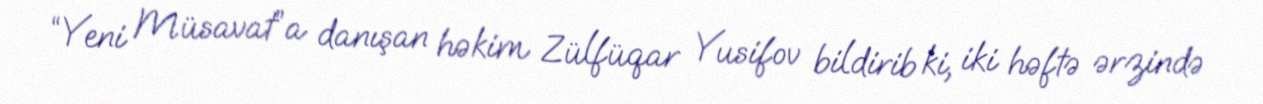
“Yeni Müsavat”a danışan həkim Zülfüqar Yusifov bildirib ki, iki həftə ərzində